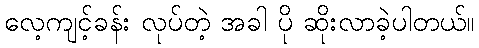
လေ့ကျင့်ခန်း လုပ်တဲ့ အခါ ပို ဆိုးလာခဲ့ပါတယ်။